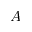
A